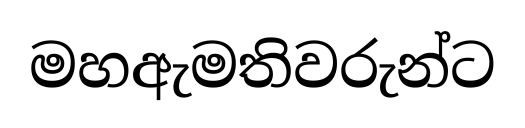
මහඇමතිවරුන්ට